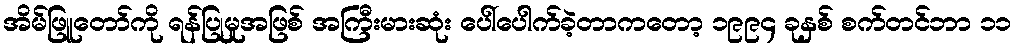
အိမ်ဖြူတော်ကို ရန်ပြုမှုအဖြစ် အကြီးမားဆုံး ပေါ်ပေါက်ခဲ့တာကတော့ ၁၉၉၄ ခုနှစ် စက်တင်ဘာ ၁၁